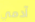
آدمي